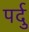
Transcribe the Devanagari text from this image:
पर्दु